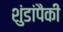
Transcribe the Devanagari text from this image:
शुंडांपैकी